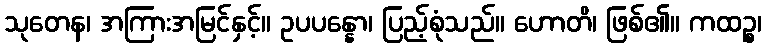
သုတေန၊ အကြားအမြင်နှင့်။ ဥပပန္နော၊ ပြည့်စုံသည်။ ဟောတိ၊ ဖြစ်၏။ ကထဉ္စ၊